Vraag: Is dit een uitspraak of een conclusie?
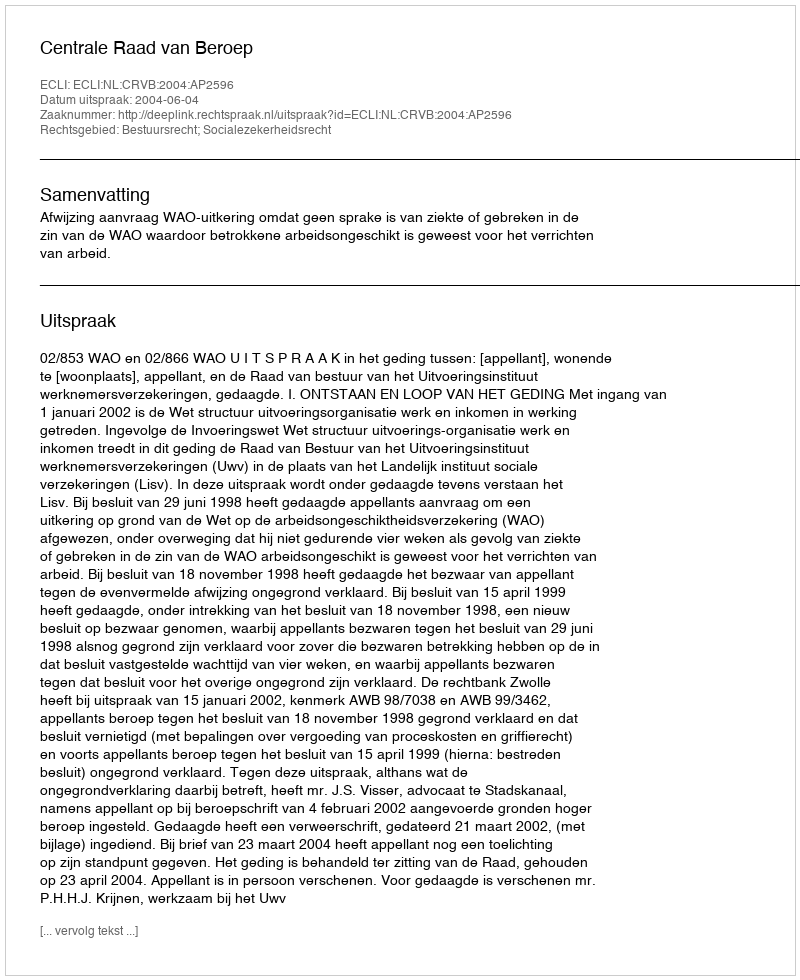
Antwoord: Uitspraak